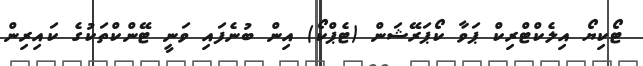
ޓޯކިޔޯ އިލެކްޓްރިކް ޕަވާ ކޯޕަރޭޝަން (ޓެޕްކޯ) އިން ބުނެފައި ވަނީ ޓޭންކްތަކުގެ ކައިރިން